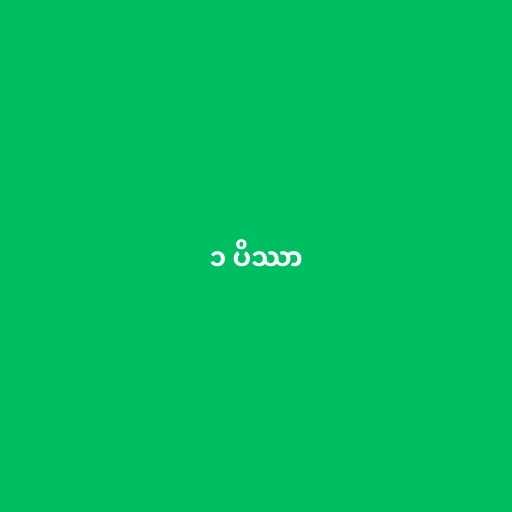
၁ ပိဿာ